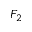
F _ { 2 }